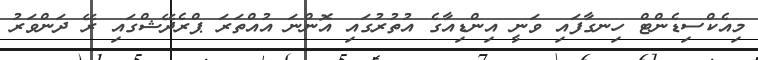
މިއެކްސިޑެންޓް ހިނގާފައި ވަނީ އިންޑިއާގެ އުތުރުގައި އޮންނަ އުއްތަރަ ޕްރެދޭޝްގައި ރޭ ދަންވަރު